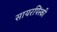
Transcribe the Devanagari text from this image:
सायरपिंस्की